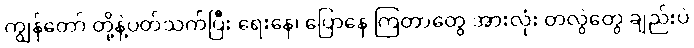
ကျွန်တော် တို့နဲ့ပတ်သက်ပြီး ရေးနေ၊ ပြောနေ ကြတာတွေ အားလုံး တလွဲတွေ ချည်းပဲ